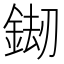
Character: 𨧶